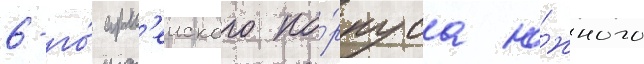
6-го́ арм'еиского ко́рпуса ю́жного